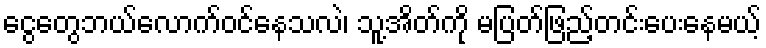
ငွေတွေဘယ်လောက်ဝင်နေသလဲ၊ သူ့အိတ်ကို မပြတ်ဖြည့်တင်းပေးနေမယ့်